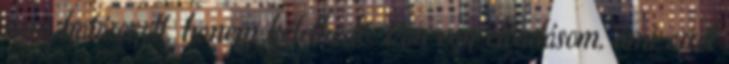
nem határozott, hanem kételkedő. Van egy előadásom, ami arról